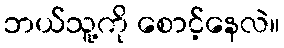
ဘယ်သူ့ကို စောင့်နေလဲ။